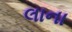
લાના